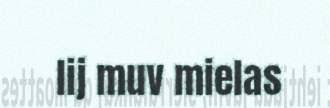
lij muv mielas